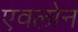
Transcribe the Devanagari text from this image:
एवलोन